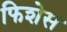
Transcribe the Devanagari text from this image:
फिशेस